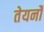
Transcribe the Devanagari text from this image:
तेयर्नों